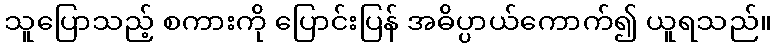
သူပြောသည့် စကားကို ပြောင်းပြန် အဓိပ္ပာယ်ကောက်၍ ယူရသည်။